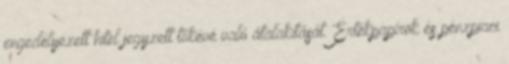
engedélyezett hitel jegyzett tőkévé való átalakítását. Értékpapírok és pénzpiaci